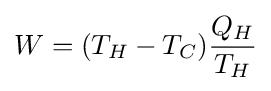
W=(T_{H}-T_{C}){\frac {Q_{H}}{T_{H}}}